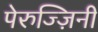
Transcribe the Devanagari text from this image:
पेरुज्ज़िनी